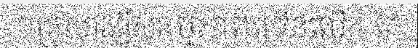
១គ្រួសារធ្វើសកម្មភាពច្រើនលើក តែ